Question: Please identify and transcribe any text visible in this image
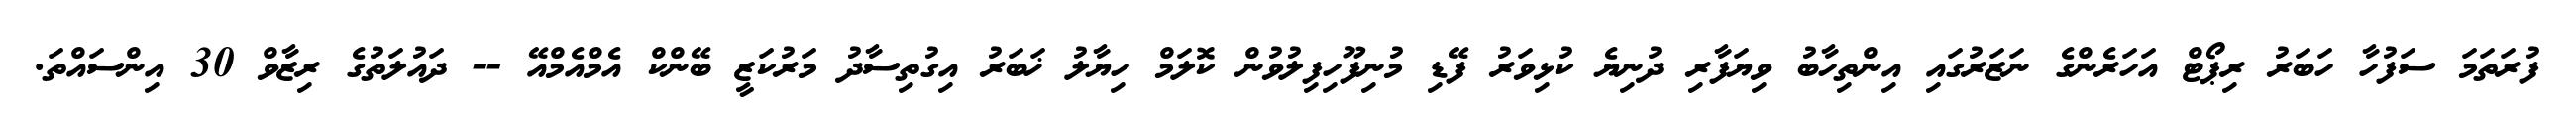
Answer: ފުރަތަމަ ސަފުހާ ހަބަރު ރިޕޯޓް އަހަރެންގެ ނަޒަރުގައި އިންތިހާބު ވިޔަފާރި ދުނިޔެ ކުޅިވަރު ފޭޑި މުނިފޫހިފިލުވުން ކޮލަމް ހިޔާލު ޚަބަރު އިގުތިސާދު މަރުކަޒީ ބޭންކް އެމްއެމްއޭ -- ދައުލަތުގެ ރިޒާވް 30 އިންސައްތަ.